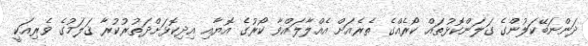
ދަންނަބޭކަލުންގެ ގަލަންކޮޅުތައް ކޯރެއްގެ ތެރެއަށް އެއްލާލައްވާ ކޯރުގެ އޮޔާއި އިދިކޮޅަށްދަތުރުކުރާ ޤަލަމުގެ ވެރިއަކީ